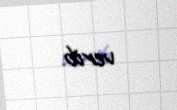
verib.